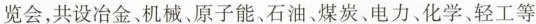
览会，共设冶金、机械、原子能、石油、煤炭、电力、化学、轻工等